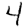
Digit: 4